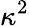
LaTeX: \kappa^{2}